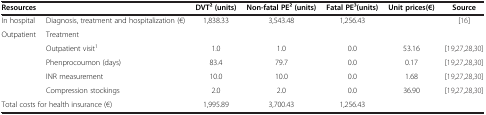
| <COLSPAN=2> Resources | DVT2 (units) | Non-fatal PE2 (units) | Fatal PE3(units) | Unit prices(€) | Source |
 | --- | --- | --- | --- | --- | --- | --- |
 | In hospital | Diagnosis, treatment and hospitalization (€) | 1,838.33 | 3,543.48 | 1,256.43 |  | [16] |
 | Outpatient | Treatment |  |  |  |  |  |
 |  | Outpatient visit1 | 1.0 | 1.0 | 0.0 | 53.16 | [19,27,28,30] |
 |  | Phenprocoumon (days) | 83.4 | 79.7 | 0.0 | 0.17 | [19,27,28,30] |
 |  | INR measurement | 10.0 | 10.0 | 0.0 | 1.68 | [19,27,28,30] |
 |  | Compression stockings | 2.0 | 2.0 | 0.0 | 36.90 | [19,27,28,30] |
 | <COLSPAN=2> Total costs for health insurance (€) | 1,995.89 | 3,700.43 | 1,256.43 |  |  |